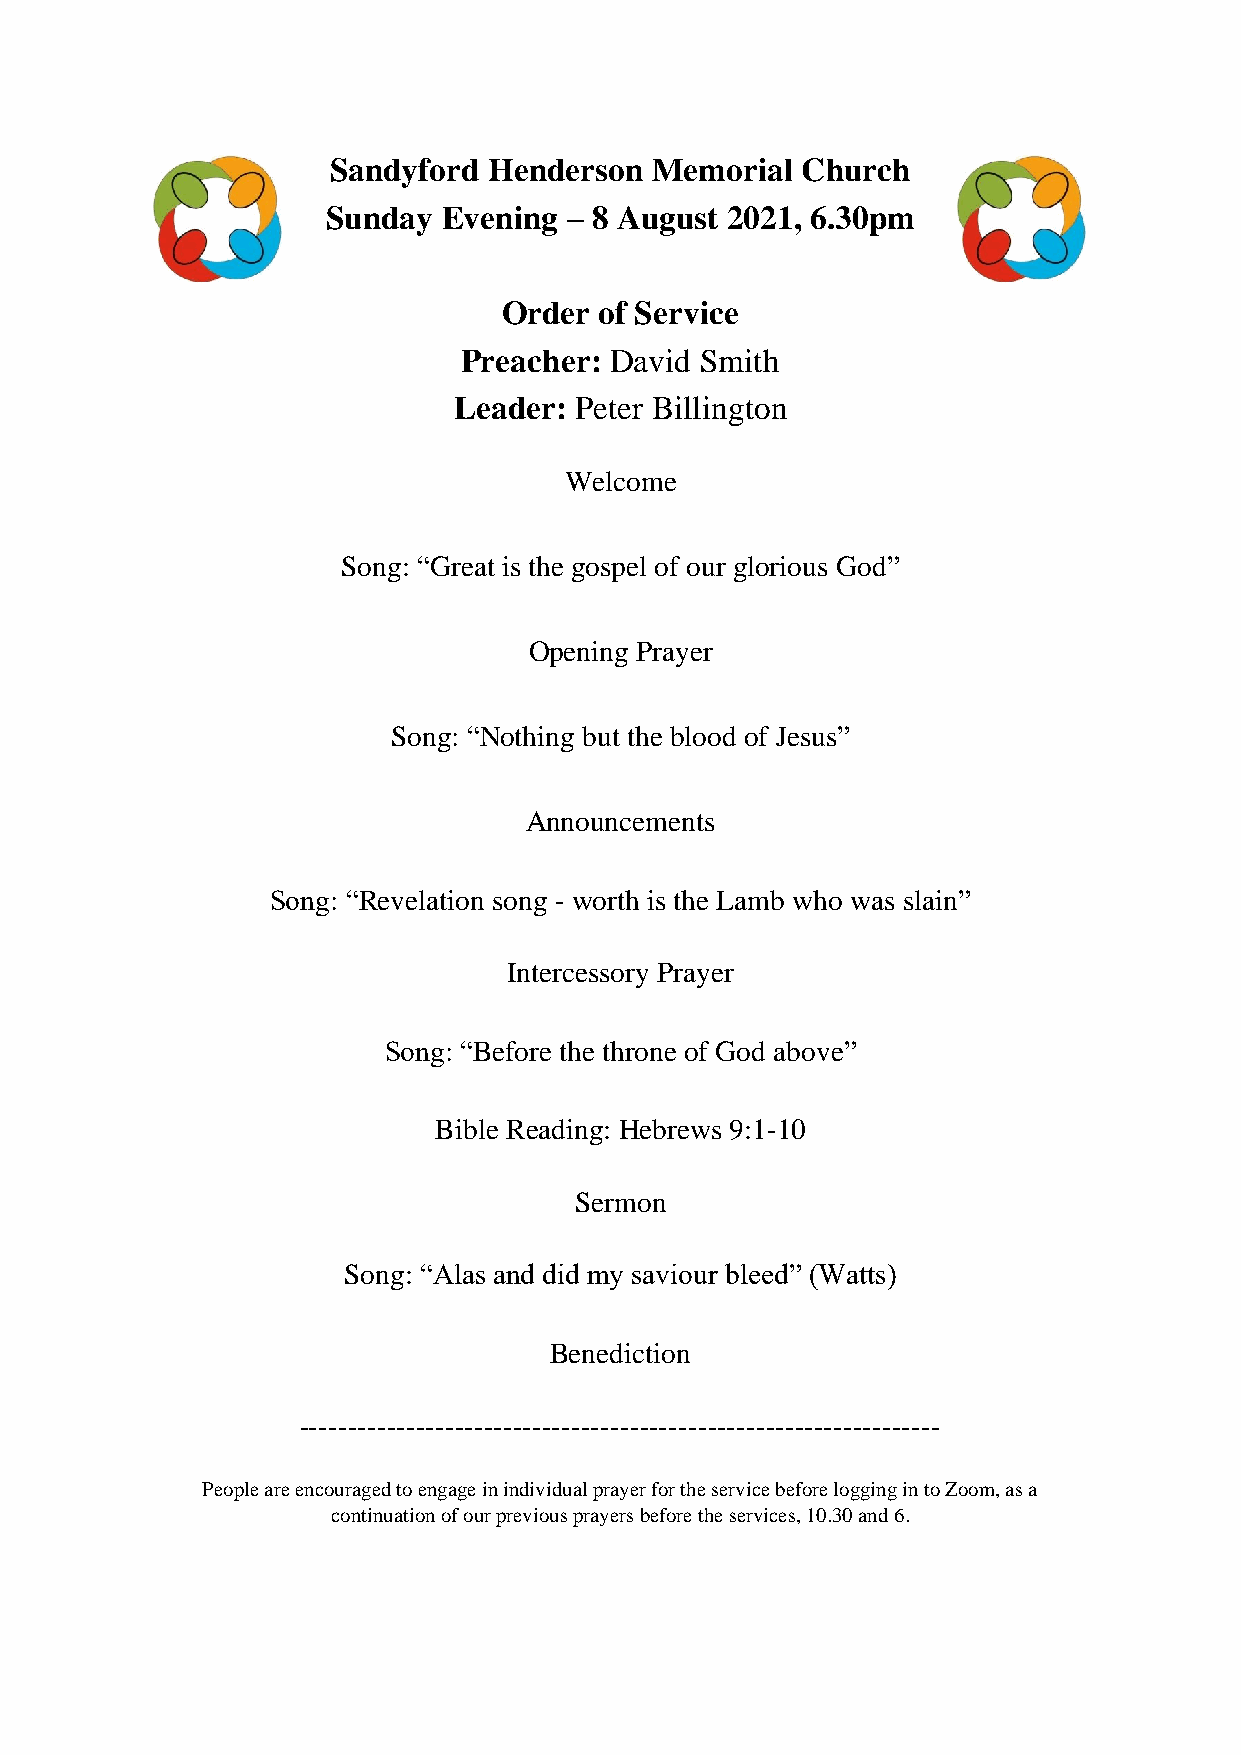
Sandyford Henderson  Memorial  Church
 Sunday Evening – 8 August 2021, 6.30pm
 Order  of Service
 Preacher: David Smith
 Leader: Peter Billington
 Welcome
 Song: “Great is the gospel of our glorious God”
 Opening Prayer
 Song: “Nothing but the blood of Jesus”
 Announcements
 Song: “Revelation song - worth is the Lamb who was slain”
 Intercessory Prayer
 Song: “Before the throne of God above”
 Bible Reading: Hebrews 9:1-10
 Sermon
 Song: “Alas and did my saviour bleed” (Watts)
 Benediction
 ------------------------------------------------------------------
 People are encouraged to engage in individual prayer for the service before logging in to Zoom, as a
 continuation of our previous prayers before the services, 10.30 and 6.